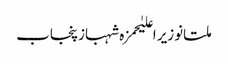
ملتانوزیر اعلیٰحمزہ شہبازپنجاب